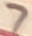
Text: 7